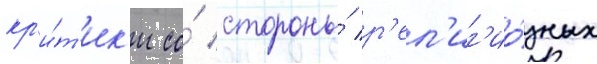
кр'и́т'ик'и со́ стороны́ р'ел'иг'ио́зных